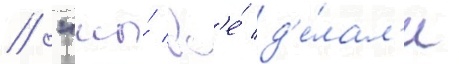
// "мы́ вс'е́ д'е́лал'и